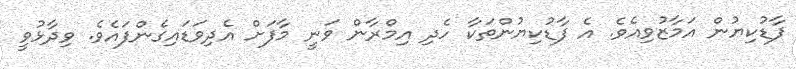
ފާޑުކިޔުން އަމާޒުވިއެވެ. އެ ފާޑުކިޔުންތަކާ ހެދި އިމްރާން ވަނީ މާފަށް އެދިވަޑައިގެންފައެވެ. ވިދާޅުވީ